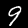
Digit: 9